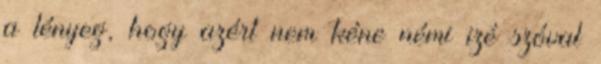
a lényeg, hogy azért nem kéne némi izé szóval